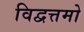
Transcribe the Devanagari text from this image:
विद्वत्तमो